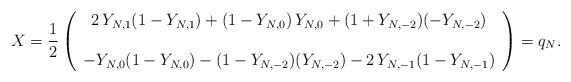
LaTeX: \begin{align*}X &= \frac{1}{2}\left(\begin{array}{c}2\,Y_{N,1}(1-Y_{N,1})+(1-Y_{N,0})\,Y_{N,0}+(1+Y_{N,-2})(-Y_{N,-2})\\\\-Y_{N,0}(1-Y_{N,0})-(1-Y_{N,-2})(Y_{N,-2})-2\,Y_{N,-1}(1-Y_{N,-1})\end{array}\right)=q_N.\end{align*}